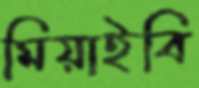
মিয়াইবি